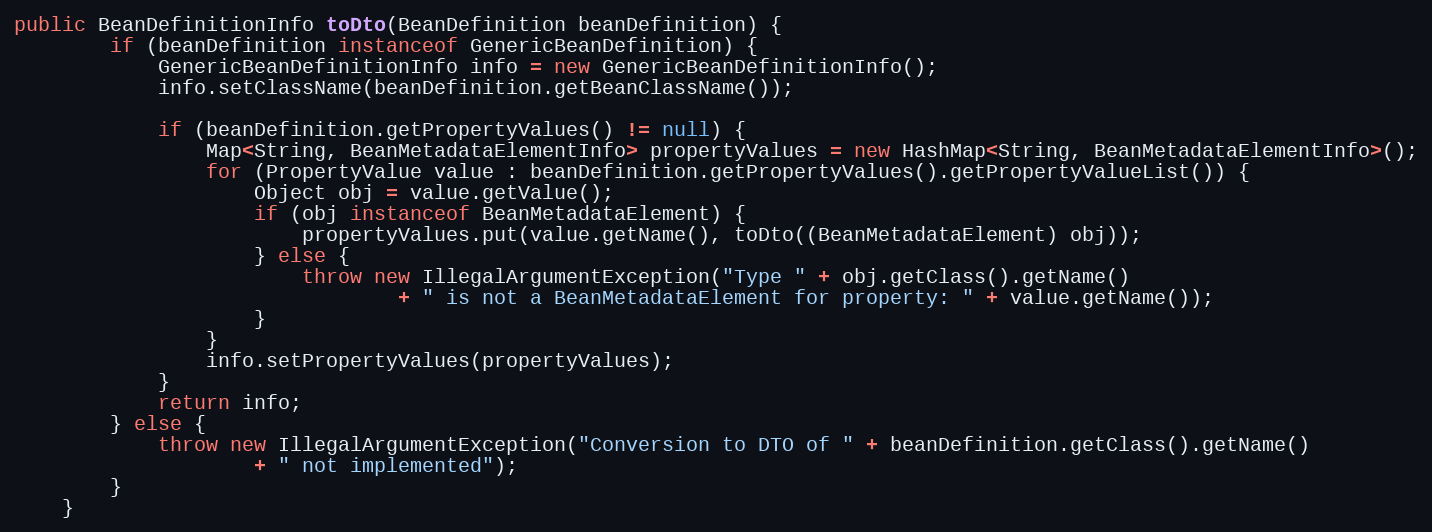
Language: Java
public BeanDefinitionInfo toDto(BeanDefinition beanDefinition) {
		if (beanDefinition instanceof GenericBeanDefinition) {
			GenericBeanDefinitionInfo info = new GenericBeanDefinitionInfo();
			info.setClassName(beanDefinition.getBeanClassName());

			if (beanDefinition.getPropertyValues() != null) {
				Map<String, BeanMetadataElementInfo> propertyValues = new HashMap<String, BeanMetadataElementInfo>();
				for (PropertyValue value : beanDefinition.getPropertyValues().getPropertyValueList()) {
					Object obj = value.getValue();
					if (obj instanceof BeanMetadataElement) {
						propertyValues.put(value.getName(), toDto((BeanMetadataElement) obj));
					} else {
						throw new IllegalArgumentException("Type " + obj.getClass().getName()
								+ " is not a BeanMetadataElement for property: " + value.getName());
					}
				}
				info.setPropertyValues(propertyValues);
			}
			return info;
		} else {
			throw new IllegalArgumentException("Conversion to DTO of " + beanDefinition.getClass().getName()
					+ " not implemented");
		}
	}